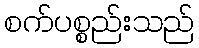
စက်ပစ္စည်းသည်